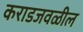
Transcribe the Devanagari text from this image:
कराडजवळील